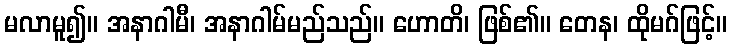
မလာမူ၍။ အနာဂါမီ၊ အနာဂါမ်မည်သည်။ ဟောတိ၊ ဖြစ်၏။ တေန၊ ထိုမဂ်ဖြင့်။